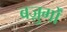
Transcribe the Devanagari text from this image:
बज़ुर्गों